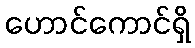
ဟောင်ကောင်ရှိ